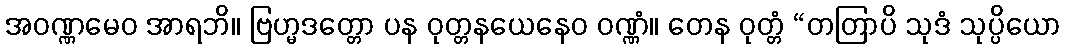
အဝဏ္ဏမေဝ အာရဘိ။ ဗြဟ္မဒတ္တော ပန ဝုတ္တနယေနေဝ ဝဏ္ဏံ။ တေန ဝုတ္တံ “တတြာပိ သုဒံ သုပ္ပိယော